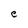
Character: e